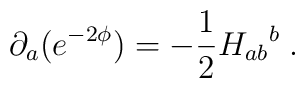
\partial_a(e^{-2\phi})=-\frac{1}{2}{H_{ab}}^b \; .